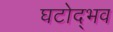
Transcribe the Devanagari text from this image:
घटोद्भव